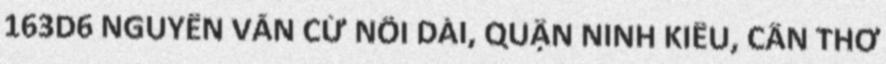
163D6 NGUYỄN VĂN CỪ NỐI DÀI, QUẬN NINH KIỀU, CẦN THƠ